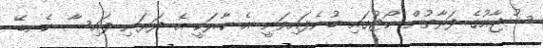
ޝުޖާއުގެ ފަރާތުން ކޯޓުގައި ބުނެފައިވަނީ އެ ކާރަކީ އެ ދަރަނި ފައިސާ ކެނޑޭ